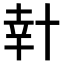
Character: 𠦧